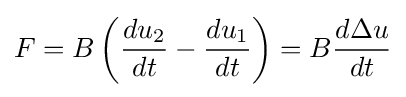
F=B\left({\frac {du_{\mathrm {2} }}{dt}}-{\frac {du_{\mathrm {1} }}{dt}}\right)=B{\frac {d\Delta u}{dt}}